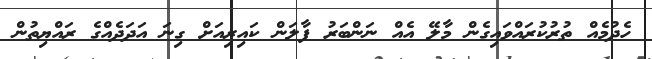
ހެދުމެއް ތުރުކުރައްވައިގެން މާލޭ އެއް ނަންބަރު ފާލަން ކައިރިއަށް ގިނަ އަދަދެއްގެ ރައްޔިތުން